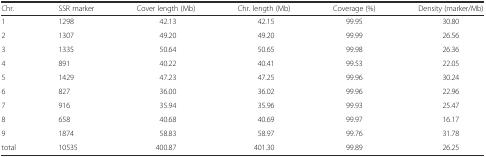
<table><thead><tr><td><b>Chr.</b></td><td><b>SSR marker</b></td><td><b>Cover length (Mb)</b></td><td><b>Chr. length (Mb)</b></td><td><b>Coverage (%)</b></td><td><b>Density (marker/Mb)</b></td></tr></thead><tbody><tr><td>1</td><td>1298</td><td>42.13</td><td>42.15</td><td>99.95</td><td>30.80</td></tr><tr><td>2</td><td>1307</td><td>49.20</td><td>49.20</td><td>99.99</td><td>26.56</td></tr><tr><td>3</td><td>1335</td><td>50.64</td><td>50.65</td><td>99.98</td><td>26.36</td></tr><tr><td>4</td><td>891</td><td>40.22</td><td>40.41</td><td>99.53</td><td>22.05</td></tr><tr><td>5</td><td>1429</td><td>47.23</td><td>47.25</td><td>99.96</td><td>30.24</td></tr><tr><td>6</td><td>827</td><td>36.00</td><td>36.02</td><td>99.96</td><td>22.96</td></tr><tr><td>7</td><td>916</td><td>35.94</td><td>35.96</td><td>99.93</td><td>25.47</td></tr><tr><td>8</td><td>658</td><td>40.68</td><td>40.69</td><td>99.97</td><td>16.17</td></tr><tr><td>9</td><td>1874</td><td>58.83</td><td>58.97</td><td>99.76</td><td>31.78</td></tr><tr><td>total</td><td>10535</td><td>400.87</td><td>401.30</td><td>99.89</td><td>26.25</td></tr></tbody></table>